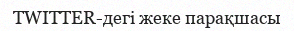
TWITTER-дегі жеке парақшасы